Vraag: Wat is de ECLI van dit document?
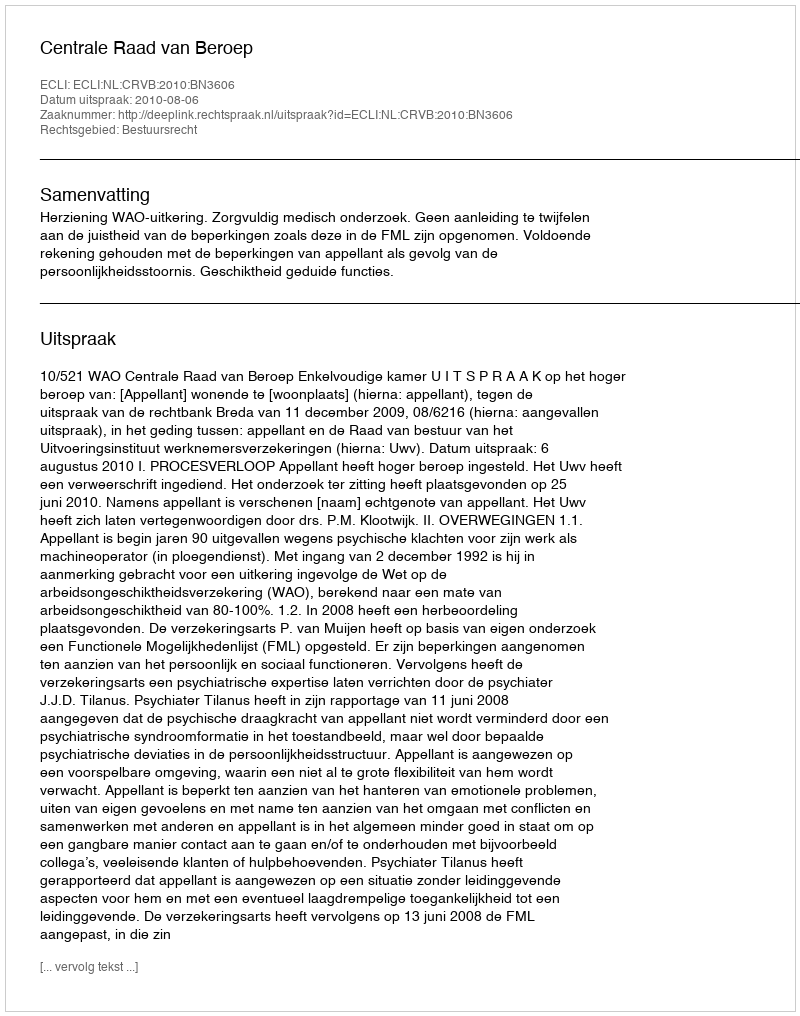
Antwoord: ECLI:NL:CRVB:2010:BN3606